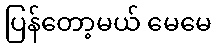
ပြန်တော့မယ် မေမေ